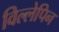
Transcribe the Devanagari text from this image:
विल्लेपिन